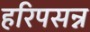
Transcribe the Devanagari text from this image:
हरिपसन्न